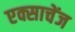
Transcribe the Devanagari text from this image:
एक्साचेंज